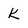
Character: K